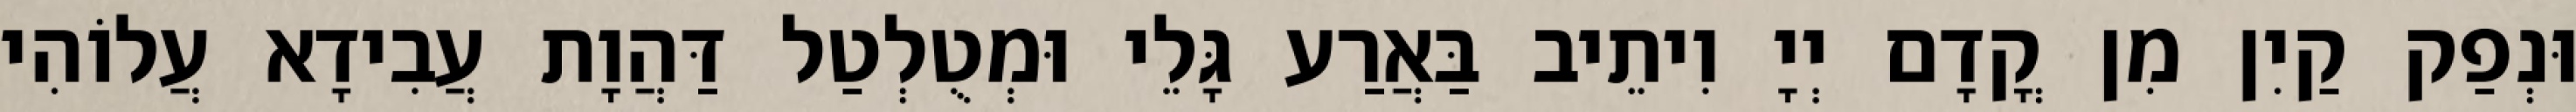
וּנְפַק קַיִן מִן קֳדָם יְיָ וִיתֵיב בַּאֲרַע גָּלֵי וּמְטֻלְטַל דַּהֲוָת עֲבִידָא עֲלוֹהִי